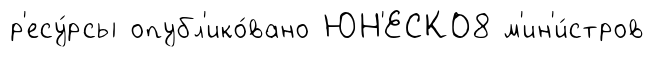
р'есу́рсы опубл'ико́вано ЮН'ЕСКО8 м'ин'и́стров